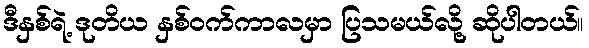
ဒီနှစ်ရဲ့ ဒုတိယ နှစ်ဝက်ကာလမှာ ပြသမယ်လို့ ဆိုပါတယ်။